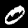
Digit: 0